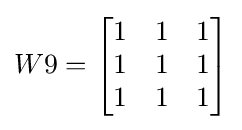
W9={\begin{bmatrix}1&1&1\\1&1&1\\1&1&1\end{bmatrix}}